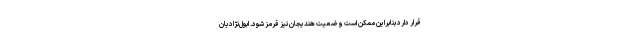
قرار دارد بنابراین ممکن است وضعیت هندیجان نیز قرمز شود. ابول‌نژادیان